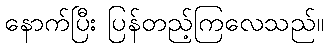
နောက်ပြီး ပြန်တည့်ကြလေသည်။